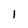
Character: 1